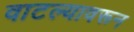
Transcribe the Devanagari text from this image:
वाटल्यावरून